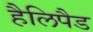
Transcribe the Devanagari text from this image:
हैलिपैड